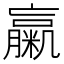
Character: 䊨